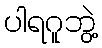
ပါရဂူဘွဲ့